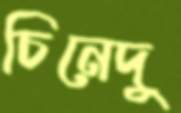
চিনেদু